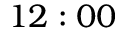
1 2 : 0 0